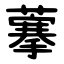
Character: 藆